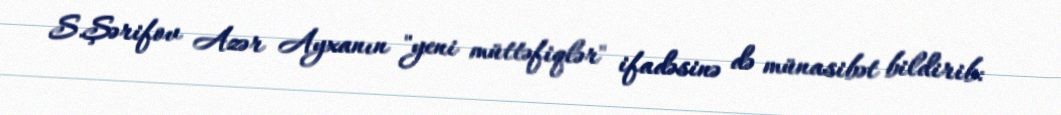
S.Şərifov Azər Ayxanın "yeni müttəfiqlər" ifadəsinə də münasibət bildirib: